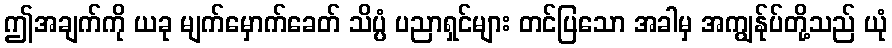
ဤအချက်ကို ယခု မျက်မှောက်ခေတ် သိပ္ပံ ပညာရှင်များ တင်ပြသော အခါမှ အကျွန်ုပ်တို့သည် ယုံ